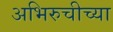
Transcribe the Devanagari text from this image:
अभिरुचीच्या